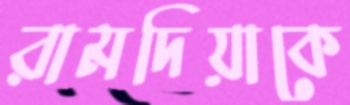
রামদিয়াকে